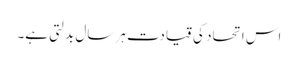
اس اتحاد کی قیادت ہر سال بدلتی ہے۔